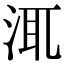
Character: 㳧